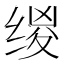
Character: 𰬯